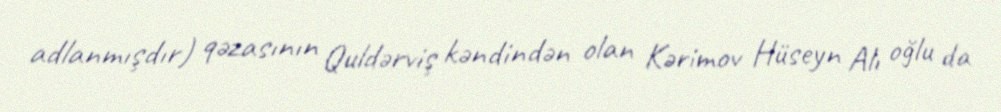
adlanmışdır) qəzasının Quldərviş kəndindən olan Kərimov Hüseyn Alı oğlu da